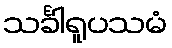
သင်္ခါရူပသမံ